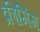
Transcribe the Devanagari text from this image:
क्रीमिंग